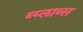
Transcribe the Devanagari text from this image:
ब्य्लाव्स